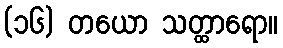
(၁၆) တယော သတ္ထာရော။